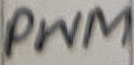
Text: PWM